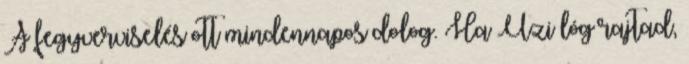
A fegyverviselés ott mindennapos dolog. Ha Uzi lóg rajtad,